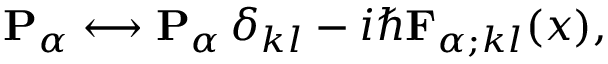
{ \mathbf { P } } _ { \alpha } \longleftrightarrow { \mathbf { P } } _ { \alpha } \, \delta _ { k l } - i \hbar { \mathbf { F } } _ { \alpha ; k l } ( x ) ,